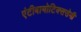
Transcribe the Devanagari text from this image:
एंटीबायोटिक्ससेमी